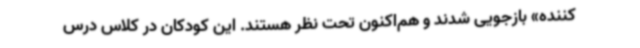
کننده» بازجویی شدند و هم‌اکنون تحت نظر هستند. این کودکان در کلاس درس